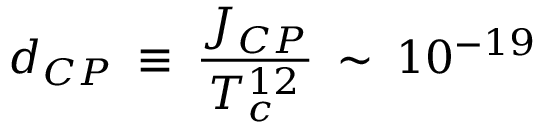
d _ { C P } \: \equiv \: \frac { J _ { C P } } { T _ { c } ^ { 1 2 } } \: \sim \: 1 0 ^ { - 1 9 } \: